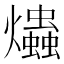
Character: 爞